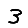
Digit: 3